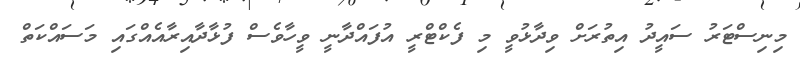
މިނިސްޓަރު ސައީދު އިތުރަށް ވިދާޅުވީ މި ފެކްޓްރީ އުފައްދާނީ ވީހާވެސް ފުޅާދާއިރާއެއްގައި މަސައްކަތް